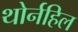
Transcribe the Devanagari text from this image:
थोर्नहिल